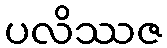
ပလိဿဇ